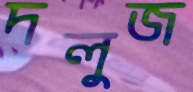
দলুজ